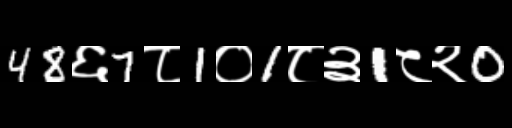
Text: 48६7८1०1८३1८२0